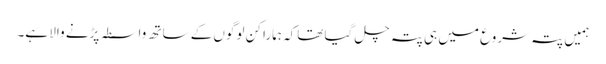
ہمیں پتہ شروع میں ہی پتہ چل گیا تھاکہ ہمارا کن لوگوں کے ساتھ واسطہ پڑنے والا ہے۔